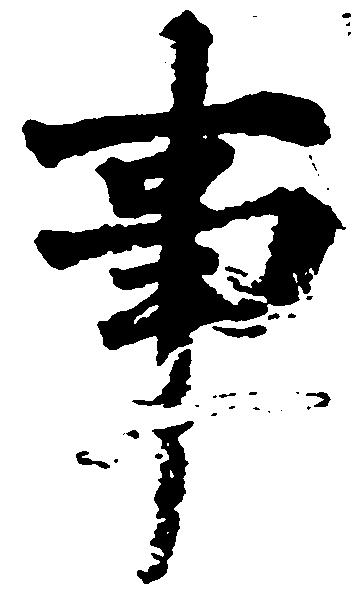
事